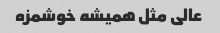
عالی مثل همیشه خوشمزه